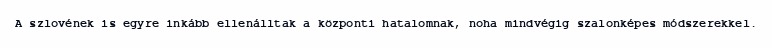
A szlovének is egyre inkább ellenálltak a központi hatalomnak, noha mindvégig szalonképes módszerekkel.